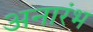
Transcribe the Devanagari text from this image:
अनारंभ